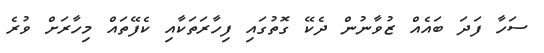
ސަހާ ފަދަ ބައެއް ޒުވާނުން ދެކޭ ގޮތުގައި ފިހާރަތަކާއި ކެފޭތައް މިހާރަށް ވުރެ